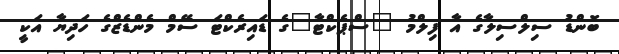
ބޮންޑު ސިލްސިލާގެ އާ ފިލްމު "ސްޕެކްޓާ"ގެ ޑައިރެކްޓަ ސޭމް މެންޑެޒްގެ ހަދިޔާ އަކީ